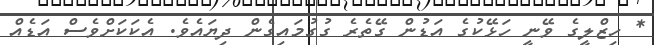
* ހިޒްލީގެ ވޭނީ ހަޅޭކުގެ އަޑުން ގޭތެރެ ގުގުމައިގެން ދިޔައެވެ. އެކަކަށްވެސް އަޑެއް